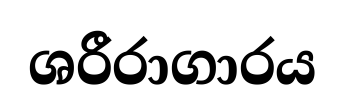
ශරීරාගාරය